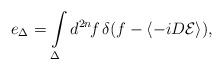
LaTeX: \begin{align*}e_\Delta=\int\limits_\Delta d^{2n}\!f\,\delta(f-\langle -iD{\cal E}\rangle),\end{align*}